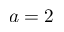
a = 2